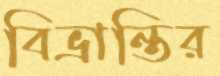
বিভ্রান্তির